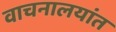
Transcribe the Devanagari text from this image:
वाचनालयांत